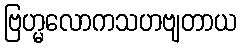
ဗြဟ္မလောကသဟဗျတာယ